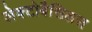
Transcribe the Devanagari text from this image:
लेक्टोबैसिलस